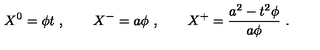
X ^ { 0 } = \phi t \ , \qquad X ^ { - } = a \phi \ , \qquad X ^ { + } = { \frac { a ^ { 2 } - t ^ { 2 } \phi } { a \phi } } \ .